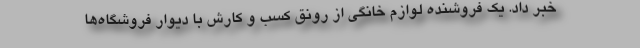
خبر داد. یک فروشنده لوازم خانگی از رونق کسب و کارش با دیوار فروشگاه‌ها